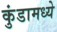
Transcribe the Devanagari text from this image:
कुंडामध्ये